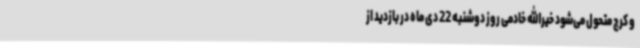
و کرج متحول می‌شود خیرالله خادمی روز دوشنبه 22 دی ماه در بازدید از